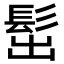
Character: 𩬢